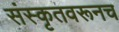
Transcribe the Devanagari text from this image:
संस्कृतवरूनच